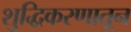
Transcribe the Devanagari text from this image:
शुद्धिकरणातून